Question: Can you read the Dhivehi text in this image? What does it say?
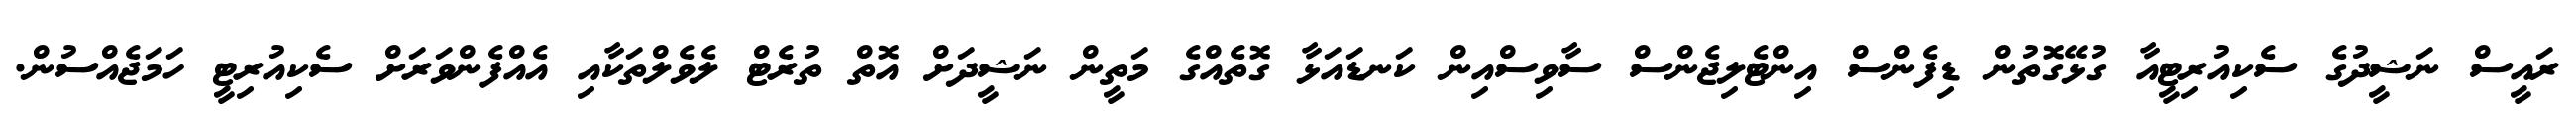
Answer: ރައީސް ނަޝީދުގެ ސެކިއުރިޓީއާ ގުޅޭގޮތުން ޑިފެންސް އިންޓެލިޖެންސް ސާވިސްއިން ކަނޑައަޅާ ގޮތެއްގެ މަތީން ނަޝީދަށް އޮތް ތުރެޓް ލެވެލްތަކާއި އެއްފެންވަރަށް ސެކިއުރިޓީ ހަމަޖެއްސުން.